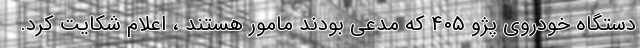
دستگاه خودروی پژو ۴۰۵ که مدعی بودند مامور هستند ، اعلام شکایت کرد.